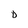
Character: D